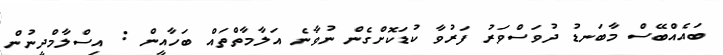
ބައެއްބޭސް މާބަނޑު ދުވަސްވަރު ފަރުވާ ކުޑަކޮށްގެން ނުވާނެ އަލާމާތްތައް ބަހާއީން : އިސްލާމްދީނުން